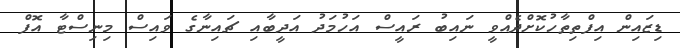
ޑިޒައިން އިފްތިތާހުކޮށްދެެއްވީ ނައިބު ރައީސް އަހުމަދު އަދީބާއި ޗައިނާގެ ވައިސް މިނިސްޓާ އޮފް